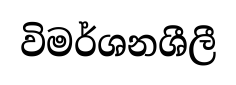
විමර්ශනශීලී